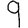
Digit: 9